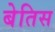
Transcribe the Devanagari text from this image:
बेतिस